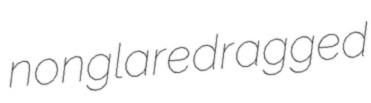
nonglare dragged